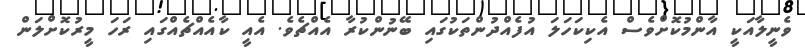
ވެނީލާއަކީ އާންމުކޮށްވެސް އެކިކަހަލަ އުފެއްދުންތަކުގައި ބޭނުންކުރާ އެއްޗެެވެ. އެއީ ކާއެއްޗެއްގައި ރަހަ މީރުކޮށްލަން